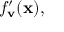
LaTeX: f _ { \mathbf { v } } ^ { \prime } ( \mathbf { x } ) ,